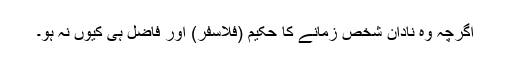
اگرچہ وہ نادان شخص زمانے کا حکیم (فلاسفر) اور فاضل ہی کیوں نہ ہو۔